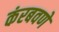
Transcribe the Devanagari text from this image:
कंरबवणे